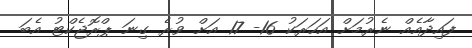
ފައިދާއެއް ނެރުމަށް އަހަރަކު 16- 17 އަށް ވުރެ ގިނަ ޕްރޮޖެކްޓު އެބަ